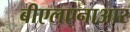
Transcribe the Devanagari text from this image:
बीएलएनाआर